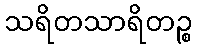
သရိတသာရိတဉ္စ